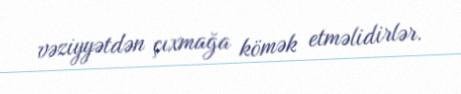
vəziyyətdən çıxmağa kömək etməlidirlər.